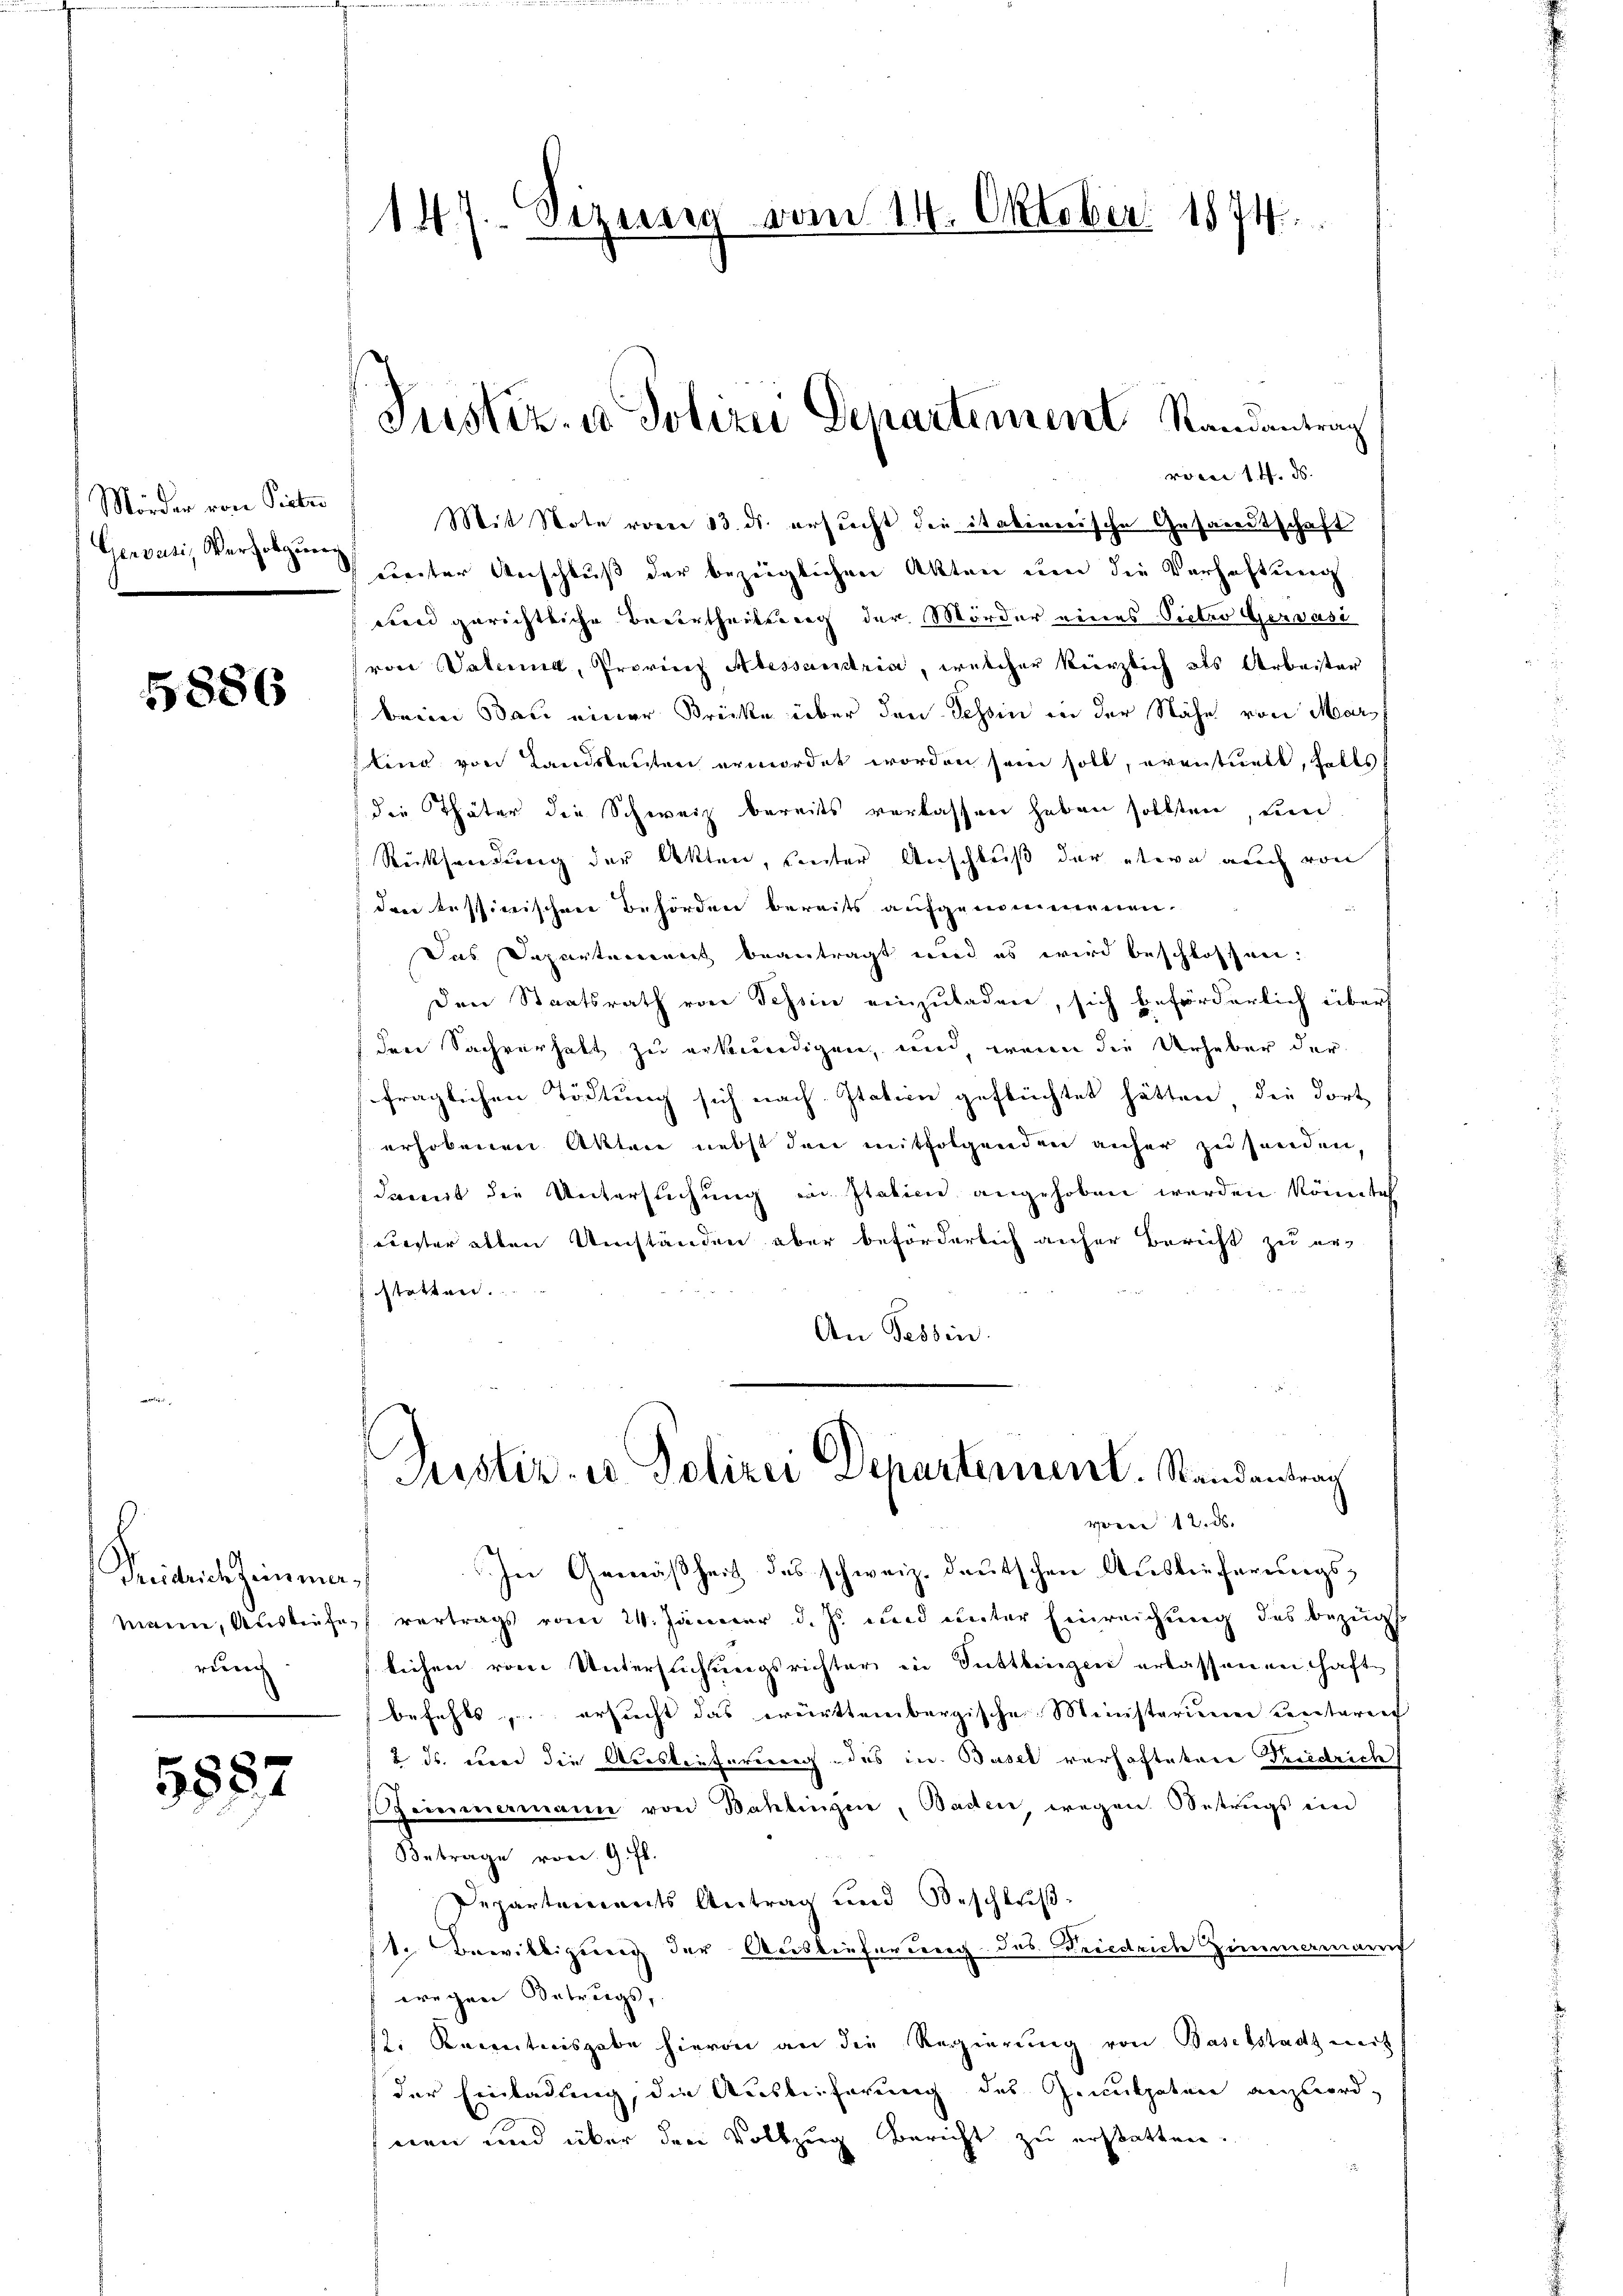
Mörder von Pieter
Gervusi, Verfolgung

5886

Predichteinma
Mann, Auskaufe,
rennen

5582

147. Sizung vom 14. Oktober 1874.

Justiz- u. Polizei Departement Randantrag
rveci 14. ds.

Mit Note vom 13. ds. ersucht die itativerische Gesammtschaft
weiter Anschluß der bezeiglichen Akten um die Verhaftung
wand gerichtliche Verurtheilung der Mörder eines Pietro Gervasi
von Vaterna, Provinz Alessanstria, welcher kürzlich als Arbeiter
beim Bau einer Brücke über den Tessin in der Nähe von Marling von Landsleuten ermordet worden sein soll, eventuell, falls
die Thäter die Schweiz bereits verlassen haben sollten, um
Rücksendung der Akten, hinter Anschluß der etwa auch von
den tessinischen Behörden bereits aufgenommenen.
Das Departement beantragt und es wird beschlossen:
Den Staatsrath von Schein einzuladen, sich beförderlich über
der Sachverhalt zu erkenedigen, und wenn die Urheber der
fraglichen Tödtung sich nach Itation geflüchtet hätten, die dort
erhobenen Akten nebst den mitfolgenden anher zu senden,
damit die Untersuchung in station angehoben werden könnte
euester alten Umständen aber beförderlich anfer Bericht zu er-
 statten.
An Tessin.
Justiz- u Polizei Departement. Standentrag
vorne 12. ds.
In Gemäßheit des schweiz. deutschen Auslieferungsvertrags vom 24. Jänner d. Js. und unter Einreichung des bezüg
leihen vom Untersuchungsrichter in Sattlingen erlassenen haftbefehls, u. ersucht das württembergische Ministerium Centarif
2 ds. war die Auslieferung des in Basel verhafteten Peridrich
emmermann von Bahlingen, Baden, wegen Betrugs ein
Betrage von 9. fl.
Departements Antrag und Beschlußte Bewilligung der Auslieferung des Friedrich Zimmermann
wegen Betrugs,
2. Rectonisgabe hievon an die Regierung von Baselstadt weit
der Einladung, die Ausleiferung des Gemuthaten anzuordnen und über den Vollzug Bericht zu erstatten.